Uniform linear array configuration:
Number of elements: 64
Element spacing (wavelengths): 0.5
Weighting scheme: cosine
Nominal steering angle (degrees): -60
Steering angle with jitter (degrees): -61.102
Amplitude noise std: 0.05
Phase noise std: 0.05

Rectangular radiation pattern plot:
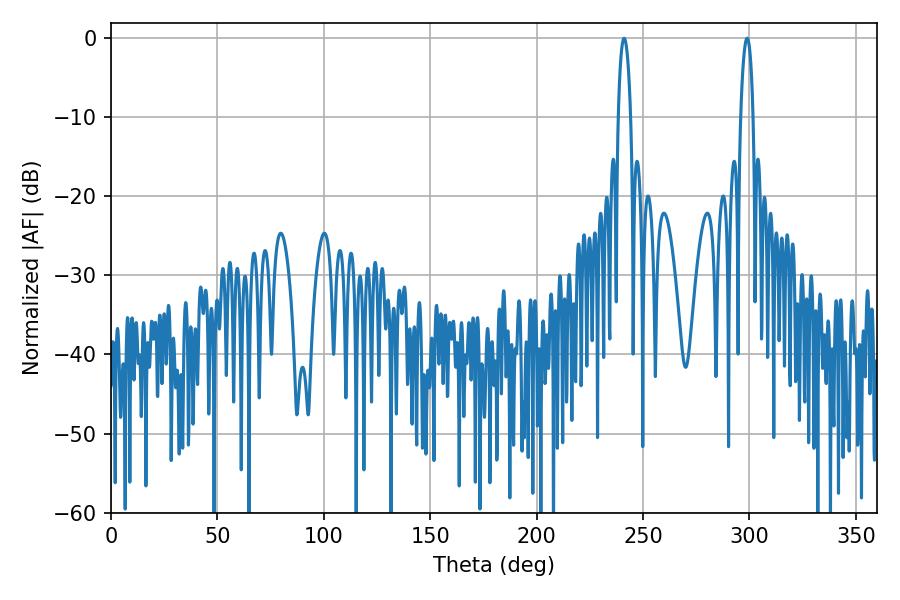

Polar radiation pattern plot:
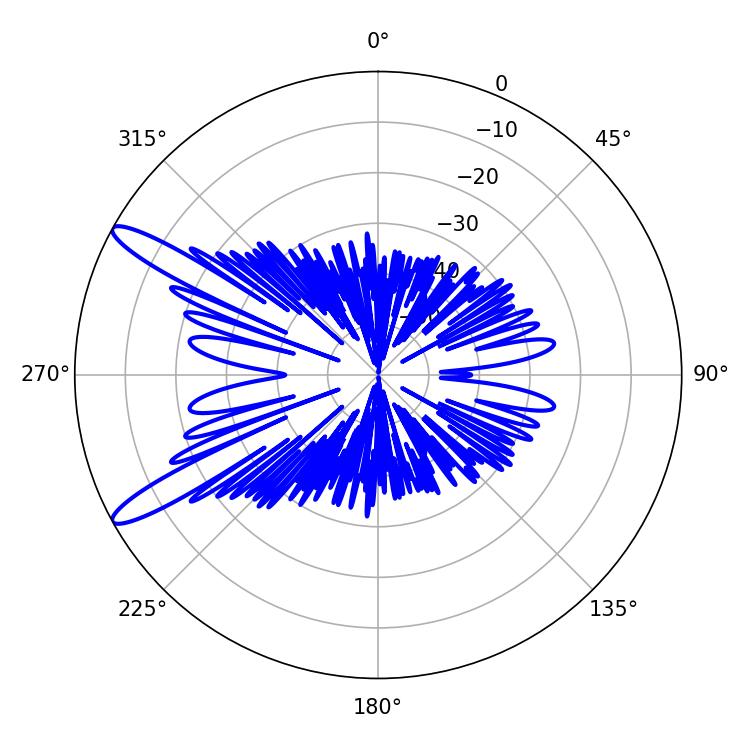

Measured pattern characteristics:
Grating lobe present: FALSE
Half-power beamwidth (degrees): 3.24
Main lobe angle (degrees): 241.02